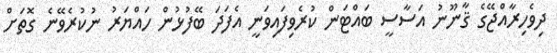
ދިވެހިރާއްޖޭގެ ޤާނޫނު އަސާސީ ބައްޓަން ކުރެވިފައިވަނީ އެފަދަ ބޭފުޅުން ހައްޔަރު ނުކުރެވޭނެ ގޮތަށް